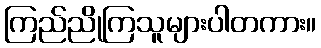
ကြည်ညိုကြသူများပါတကား။